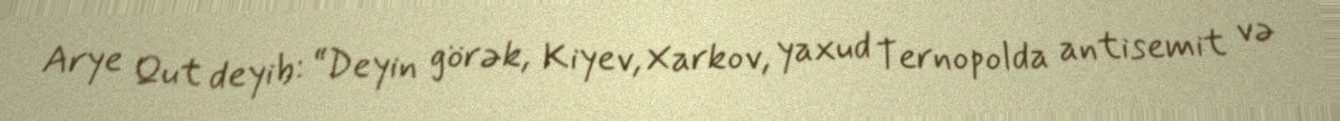
Arye Qut deyib: “Deyin görək, Kiyev, Xarkov, yaxud Ternopolda antisemit və